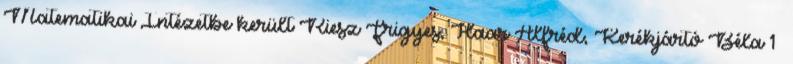
Matematikai Intézetbe került Riesz Frigyes, Haar Alfréd, Kerékjártó Béla 1